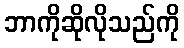
ဘာကိုဆိုလိုသည်ကို